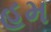
હમ